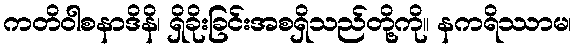
ကတိဝါစနာဒိနိ၊ ရှိခိုးခြင်းအစရှိသည်တို့ကို။ နကရိဿာမ၊